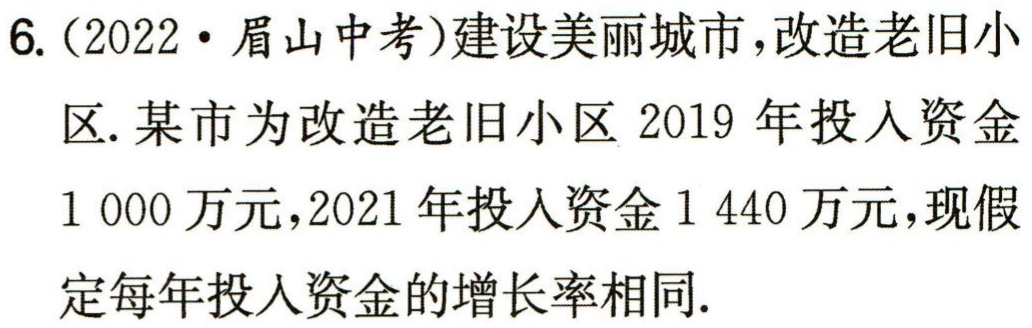
6. (2022·眉山中考)建设美丽城市，改造老旧小

区. 某市为改造老旧小区 2019 年投入资金

1 000 万元，2021 年投入资金 1 440 万元，现假

定每年投入资金的增长率相同.